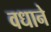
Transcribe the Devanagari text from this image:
वधाने